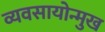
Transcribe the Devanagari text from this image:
व्यवसायोन्मुख